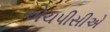
એચપીસીએ